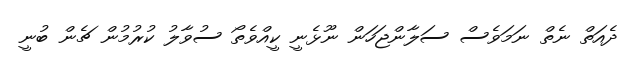
ދެއަތް ނެތް ނަމަވެސް ސަލާންޖަހަން ނޫޅެނީ ކީއްވެތޯ ސުވާލު ކުރުމުން ޗެން ބުނީ